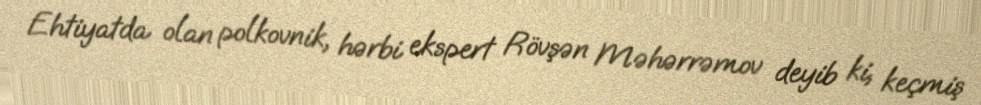
Ehtiyatda olan polkovnik, hərbi ekspert Rövşən Məhərrəmov deyib ki, keçmiş